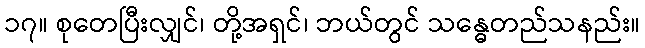
၁၇။ စုတေပြီးလျှင်၊ တို့အရှင်၊ ဘယ်တွင် သန္ဓေတည်သနည်း။